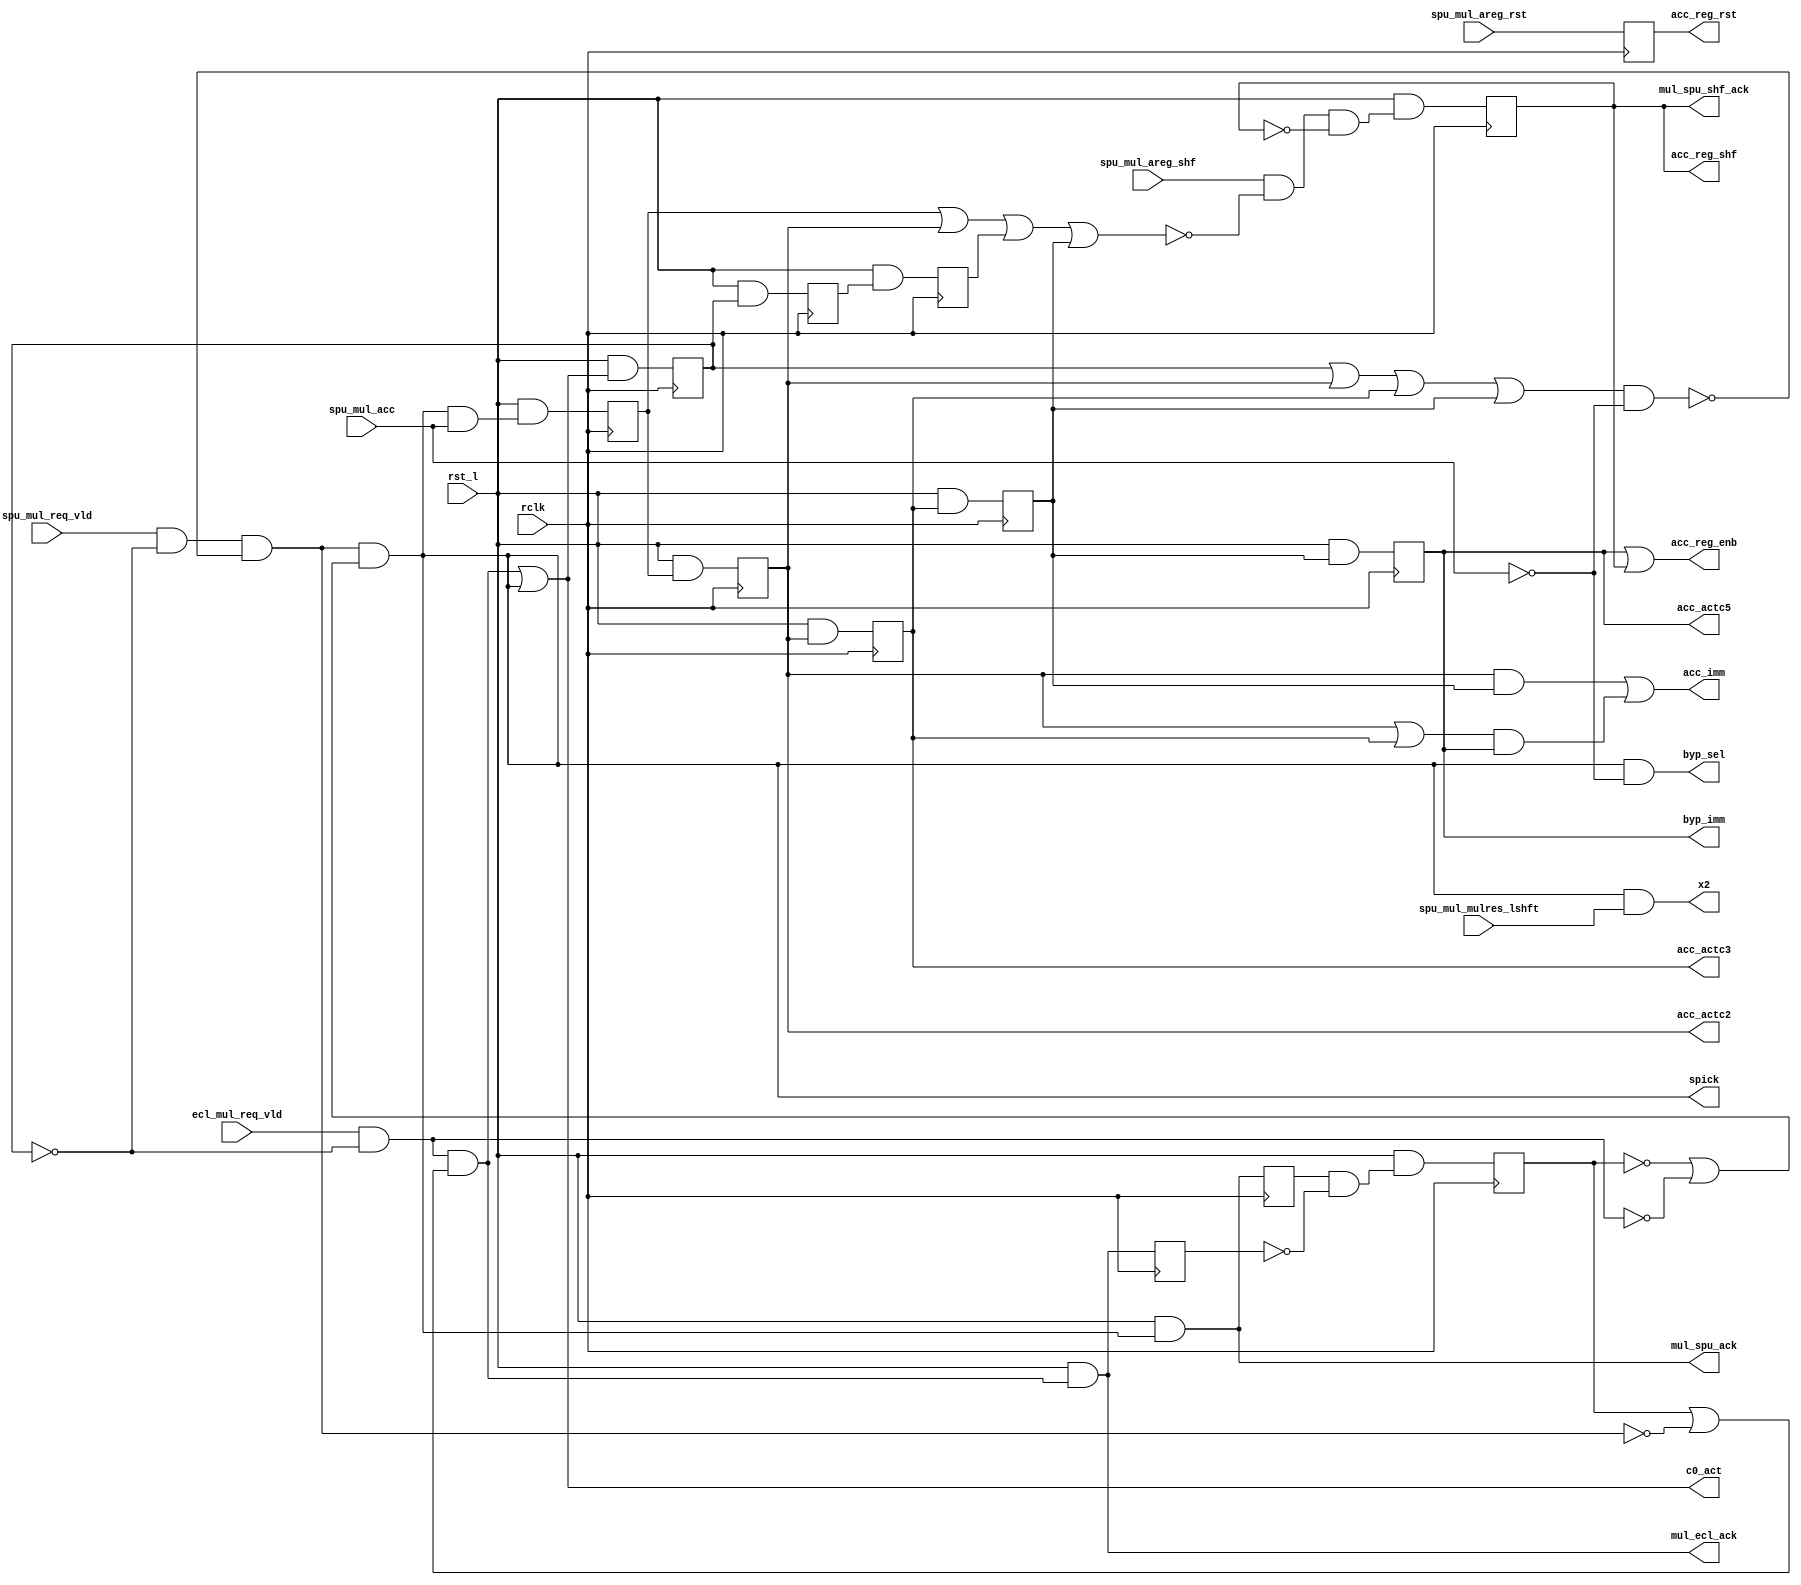
module sparc_mul_cntl(
  ecl_mul_req_vld,
  spu_mul_req_vld,
  spu_mul_acc,
  spu_mul_areg_shf,
  spu_mul_areg_rst,
  spu_mul_mulres_lshft,
  c0_act,
  spick,
  byp_sel,
  byp_imm,
  acc_imm,
  acc_actc2,
  acc_actc3,
  acc_actc5,
  acc_reg_enb,
  acc_reg_rst,
  acc_reg_shf,
  x2,
  mul_ecl_ack,
  mul_spu_ack,
  mul_spu_shf_ack,
  rst_l,
  rclk
  );

input		rclk;
input		rst_l;			// System rest 
input		ecl_mul_req_vld; 	// Input request from EXU to MUL
input		spu_mul_req_vld;	// Input request from SPU to MUL
input		spu_mul_acc;		// 1: SPU mul op req will accumulate the ACCUM register 
input 		spu_mul_areg_shf;	// ACCUM shift right 64-bit
input 		spu_mul_areg_rst;	// ACCUM reset; initialization of modular multiplication
input		spu_mul_mulres_lshft;	// For x2 of op1*op2*2 left shift
output		c0_act;			// cycle-0 of muliplier operation
output		spick;
output		byp_sel;		// Bypass mux control
output		byp_imm;
output		acc_imm;
output		acc_actc2, acc_actc3;	// accumulate enable for LSB-32 and All-96
output		acc_actc5;		// accumulate enable for LSB-32 and All-96
output		acc_reg_enb;		// ACCUM register enable
output		acc_reg_rst;		// ACCUM register reset
output		acc_reg_shf;		// ACCUM register shift select
output		x2;
output		mul_ecl_ack;		// Ack EXU multiplier operation is accepted.
output		mul_spu_ack;		// Ack SPU multiplier operation is accepted.
output		mul_spu_shf_ack;	// Ack SPU shift operation is accepted.

reg 		mul_ecl_ack_d;
reg		mul_spu_ack_d;
reg		c1_act;			// Squash all mul requests from EXU and SPU if c1_act = 1
reg		c2_act;			// Squash bypass ACCUM mul request from SPU if c2_act = 1
reg		c3_act;			// Enable >>32 results back to CSA2 if c3_act = 1
reg		favor_e;		// Flag for alternate picker, favor to EXU if f_state = 1
reg 		acc_actc1, acc_actc2, acc_actc3, acc_actc4, acc_actc5;
reg		acc_reg_shf, acc_reg_rst; 

wire		exu_req_vld, spu_req_vld;
wire		epick;			// Internal pick signals of exu, spu multiplier
wire		nobyps;			// Squash SPU bypass mul requests nobyps = 1
wire		noshft;			// Squash SPU bypass mul requests noshft = 1
wire		acc_reg_shf_in;
wire 		spu_mul_byp = ~spu_mul_acc ; 
wire		clk;


/////////////////////////////////////////
// Requests picker and general control //
/////////////////////////////////////////

assign clk = rclk ;

assign	c0_act = epick | spick ;				// Cycle0 of multiplier operation
//assign	c1_act = mul_ecl_ack_d | mul_spu_ack_d ;		// Cycle1 of multiplier operation
assign  nobyps = c1_act | acc_actc2 | acc_actc3 | acc_actc4 ; 	// Cycles prevent the SPU bypass 

assign  x2 = spick & spu_mul_mulres_lshft;

assign	exu_req_vld = ecl_mul_req_vld & ~c1_act ;
assign	spu_req_vld = spu_mul_req_vld & ~c1_act & ~(nobyps & spu_mul_byp); 

assign	epick = exu_req_vld & ( favor_e | ~spu_req_vld) ; 
assign  spick = spu_req_vld & (~favor_e | ~exu_req_vld) ;

// moved this one cycle earlier   
assign    mul_spu_ack = rst_l & spick ;
assign    mul_ecl_ack = rst_l & epick ;
   
always @(posedge clk)
  begin
	mul_ecl_ack_d <= rst_l & epick ;
	mul_spu_ack_d <= rst_l & spick ;
	c1_act <= rst_l & c0_act ;
	c2_act <= rst_l & c1_act ; 
	c3_act <= rst_l & c2_act ; 

	favor_e <= rst_l & (mul_spu_ack_d & ~mul_ecl_ack_d);		
  end

/////////////////////////////////////////////////
// SPU accumulate and bypass and shift control //
/////////////////////////////////////////////////

assign 	byp_sel = spick & spu_mul_byp ;	// SPU bypass operand is picked 

//////////////////////////////////////////////////////////////////////////
//	No ACCUM >>= 64 allow if there are 				//
//	1) accumulate mul before cycle4 which need to updated ACCUM	//
//	2) Any mul at cyc3 which will use the same output mux at cyc-5	//
//////////////////////////////////////////////////////////////////////////
assign  noshft = acc_actc1 | acc_actc2 | c3_act | acc_actc4 ;

						// Squash shifr if:
assign  acc_reg_shf_in =   spu_mul_areg_shf &	// No shift request
			  ~noshft	    &	// SPU accum mul in cycle1~4 or EXU mul in cycle3
			  ~acc_reg_shf ;	// reset SPU shift request for 1-cycle for signal upate

always @(posedge clk)
  begin
	acc_reg_shf <= rst_l & acc_reg_shf_in ;		// latch ACCUM reg shift control

	acc_reg_rst <=  spu_mul_areg_rst ;		// latch input control of ACCUM reg reset

        acc_actc1 <= rst_l & (spick & spu_mul_acc) ;	// SPU MAC in cycle 1
        acc_actc2 <= rst_l & acc_actc1 ;			// SPU MAC in cycle 2 
        acc_actc3 <= rst_l & acc_actc2 ;			// SPU MAC in cycle 3 
        acc_actc4 <= rst_l & acc_actc3 ;			// SPU MAC in cycle 4 
        acc_actc5 <= rst_l & acc_actc4 ;			// SPU MAC in cycle 5 
  end

assign  mul_spu_shf_ack = acc_reg_shf;

assign 	byp_imm = acc_actc5 ;

assign 	acc_imm = (acc_actc2 & acc_actc4) | ((acc_actc2 | acc_actc3) & acc_actc5)  ; 

assign 	acc_reg_enb = acc_actc5 | acc_reg_shf;		// enable of ACCUM registers 


endmodule